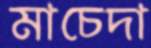
মাচেদা